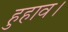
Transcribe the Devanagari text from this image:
हुहाव।